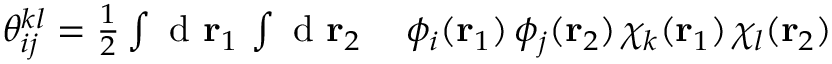
\begin{array} { r l } { { \theta } _ { i j } ^ { k l } = \frac { 1 } { 2 } \int \mathrm { ~ d ~ } { \mathbf { r } _ { 1 } } \, \int \mathrm { ~ d ~ } { \mathbf { r } _ { 2 } } } & { { } \, \phi _ { i } ( { \mathbf { r } _ { 1 } } ) \, \phi _ { j } ( { \mathbf { r } _ { 2 } } ) \, \chi _ { k } ( { \mathbf { r } _ { 1 } } ) \, \chi _ { l } ( { \mathbf { r } _ { 2 } } ) } \end{array}